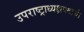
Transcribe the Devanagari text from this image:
उपराष्ट्राध्यक्षपदाची